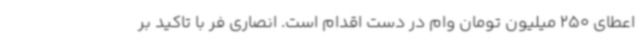
اعطای 250 میلیون تومان وام در دست اقدام است. انصاری فر با تاکید بر